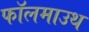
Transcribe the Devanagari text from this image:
फॉलमाउथ